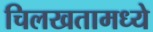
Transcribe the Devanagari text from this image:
चिलखतामध्ये